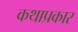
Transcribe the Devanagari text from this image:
कथाप्रकार